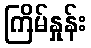
ကြိမ်နှုန်း